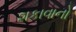
શકાવાનો